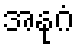
အနုဂံ